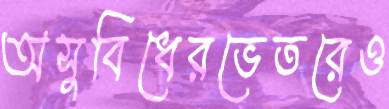
অসুবিধেরভেতরেও